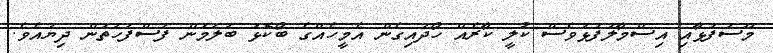
މޫސަފުޅާއި އިސްމާލުފުޅުވެސް ކުލީ ކާރެއް ހޯދައިގެން އެމީހެއްގެ ބޯކޮޅު ބަލަމުން ފަސްފަހަތުން ދިޔައެވެ.